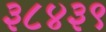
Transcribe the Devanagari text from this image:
३८४३९